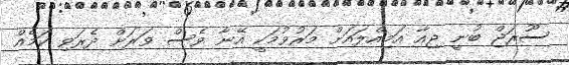
ސޫރަޖް ބުނީ ޖިއާ އަމިއްލައަށް މަރުވުމަކީ އޭނާ ވެސް ވަރަށް ދެރަވި ކަމެއް